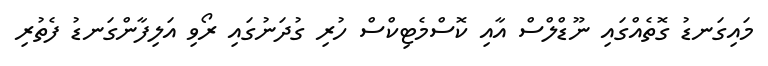
މައިގަނޑު ގޮތެއްގައި ނޫޑްލްސް އާއި ކޮސްމެޓިކްސް ހުރި ގުދަނުގައި ރޯވި އަލިފާންގަނޑު ފެތުރި